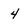
Character: 4